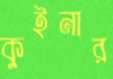
কুইনার